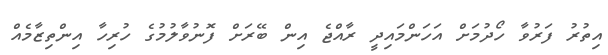
އިތުރު ފަރުވާ ހޯދުމަށް އަހަންމައިދީ ރާއްޖެ އިން ބޭރަށް ފޮނުވާލުމުގެ ހުރިހާ އިންތިޒާމެއް